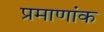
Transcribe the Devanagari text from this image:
प्रमाणांक